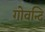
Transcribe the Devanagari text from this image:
गोवन्दि